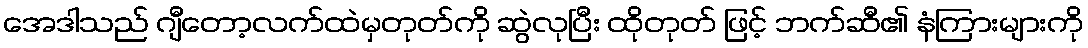
အေဒါသည် ဂျီတော့လက်ထဲမှတုတ်ကို ဆွဲလုပြီး ထိုတုတ် ဖြင့် ဘက်ဆီ၏ နံကြားများကို